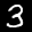
Label: 3